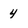
Character: 4